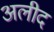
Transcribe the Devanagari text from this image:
अलीद